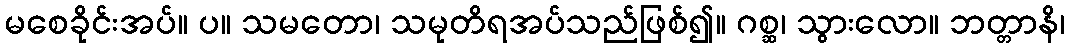
မစေခိုင်းအပ်။ ပ။ သမတော၊ သမုတိရအပ်သည်ဖြစ်၍။ ဂစ္ဆ၊ သွားလော။ ဘတ္တာနိ၊